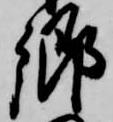
郷